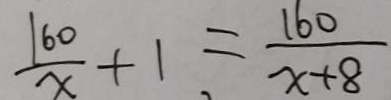
\frac { 1 6 0 } { x } + 1 = \frac { 1 6 0 } { x + 8 }